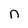
Character: n